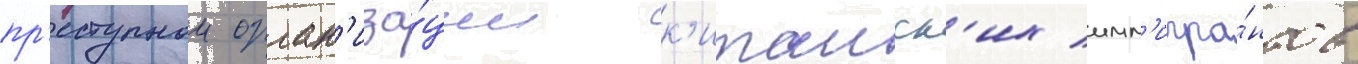
пр'еступнои орган'иза́ции к'итаиск'их имм'игра́нтов